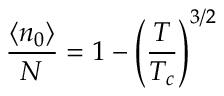
{ \frac { \langle n _ { 0 } \rangle } { N } } = 1 - \left( { \frac { T } { T _ { c } } } \right) ^ { 3 / 2 }